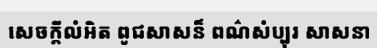
សេចក្តីលំអិត ពូជសាសន៏ ពណ៌សំប្បុរ សាសនា